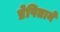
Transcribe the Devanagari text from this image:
प्रेषिताने